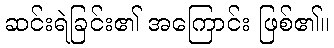
ဆင်းရဲခြင်း၏ အကြောင်း ဖြစ်၏။